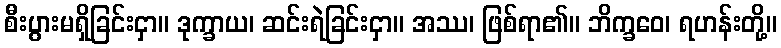
စီးပွားမရှိခြင်းငှာ။ ဒုက္ခာယ၊ ဆင်းရဲခြင်းငှာ။ အဿ၊ ဖြစ်ရာ၏။ ဘိက္ခဝေ၊ ရဟန်းတို့။